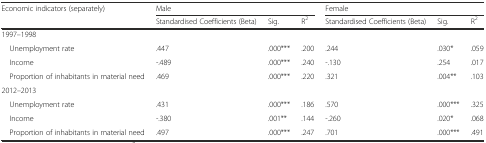
<table><thead><tr><td rowspan="2"><b>Economic indicators (separately)</b></td><td colspan="3"><b>Male</b></td><td colspan="3"><b>Female</b></td></tr><tr><td><b>Standardised Coefficients (Beta)</b></td><td><b>Sig.</b></td><td><b>R<sup>2</sup></b></td><td><b>Standardised Coefficients (Beta)</b></td><td><b>Sig.</b></td><td><b>R<sup>2</sup></b></td></tr></thead><tbody><tr><td colspan="7">1997–1998</td></tr><tr><td> Unemployment rate</td><td>.447</td><td>.000***</td><td>.200</td><td>.244</td><td>.030*</td><td>.059</td></tr><tr><td> Income</td><td>-.489</td><td>.000***</td><td>.240</td><td>-.130</td><td>.254</td><td>.017</td></tr><tr><td> Proportion of inhabitants in material need</td><td>.469</td><td>.000***</td><td>.220</td><td>.321</td><td>.004**</td><td>.103</td></tr><tr><td colspan="7">2012–2013</td></tr><tr><td> Unemployment rate</td><td>.431</td><td>.000***</td><td>.186</td><td>.570</td><td>.000***</td><td>.325</td></tr><tr><td> Income</td><td>-.380</td><td>.001**</td><td>.144</td><td>-.260</td><td>.020*</td><td>.068</td></tr><tr><td> Proportion of inhabitants in material need</td><td>.497</td><td>.000***</td><td>.247</td><td>.701</td><td>.000***</td><td>.491</td></tr></tbody></table>